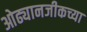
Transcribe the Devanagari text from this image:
ओढ्यानजीकच्या